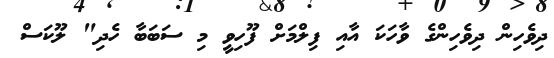
ދިވެހިން ދިވެހިންގެ ވާހަކަ އާއި ފިލްމަށް ފޫހިވީ މި ސަބަބާ ހެދި" ލޫކަސް